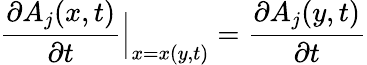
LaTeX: \frac{\partial A_{j}(x,t)}{\partial{t}}\Big|_{x=x(y,t)}=\frac{\partial A_{j}(y,t)}{\partial{t}}